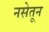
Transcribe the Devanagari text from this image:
नसेतून